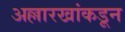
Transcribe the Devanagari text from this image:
अल्लारखांकडून